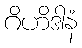
ဂိဟိဒါနံ